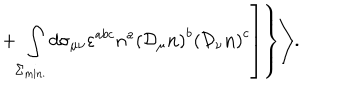
\left. \left. + \int _ { \Sigma _ { \mathrm { m i n . } } } ^ { } d \sigma _ { \mu \nu } \varepsilon ^ { a b c } n ^ { a } \left( { \cal D } _ { \mu } { \bf n } \right) ^ { b } \left( { \cal D } _ { \nu } { \bf n } \right) ^ { c } \right] \right\} \Biggr > .